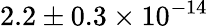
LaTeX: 2.2\pm{0.3}\times 10^{-14}